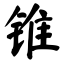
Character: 锥